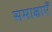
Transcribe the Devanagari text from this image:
समाक्षाएँ